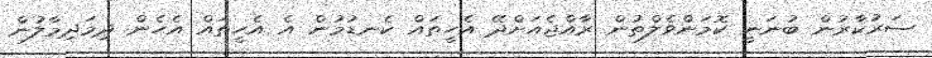
ސަރުކާރުން ބުނަނީ ކޮމަންވެލްތުން ރާއްޖެއަށްދޭ އެހީތައް ކެނޑުމުން އެ އެހީތައް އެހެން ދިމަދިމާލުން